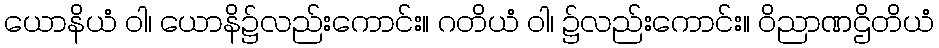
ယောနိယံ ဝါ၊ ယောနိ၌လည်းကောင်း။ ဂတိယံ ဝါ၊ ၌လည်းကောင်း။ ဝိညာဏဌိတိယံ